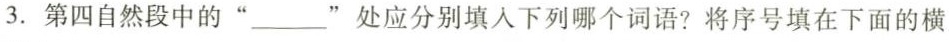
3.第四自然段中的”___”处应分别填入下列哪个词语?将序号填在下面的横